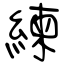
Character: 練